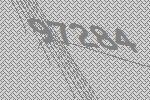
97284